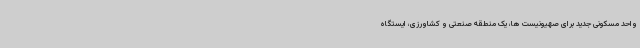
واحد مسکونی جدید برای صهیونیست ها، یک منطقه صنعتی و کشاورزی، ایستگاه